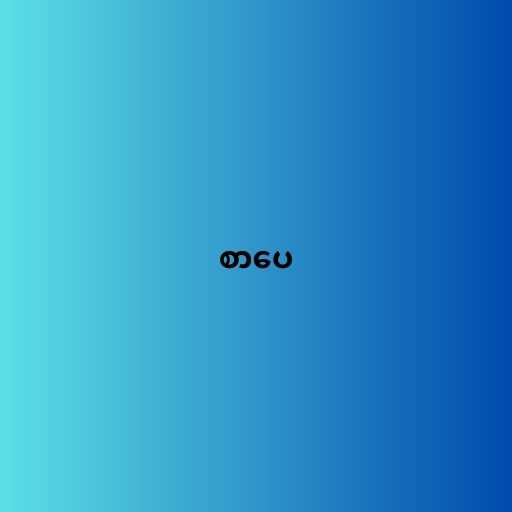
စာပေ